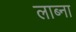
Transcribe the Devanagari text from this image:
लाब्ना